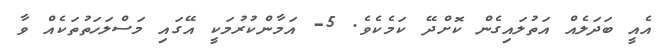
އެއީ ބަދަލެއް އަތުލައިގެން ކޮށްދޭ ކަމެކެވެ. 5- އަމާންކުރުމަކީ އޭގައި މަސްލަހަތުތަކެއް ވާ